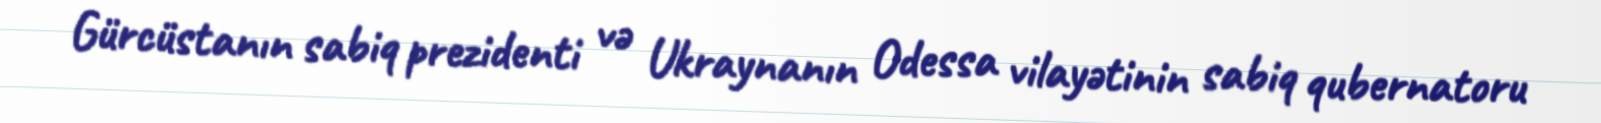
Gürcüstanın sabiq prezidenti və Ukraynanın Odessa vilayətinin sabiq qubernatoru